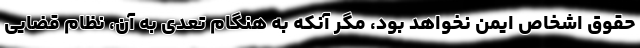
حقوق اشخاص ایمن نخواهد بود، مگر آنکه به هنگام تعّدی به آن، نظام قضایی